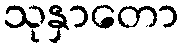
သုနှာတော